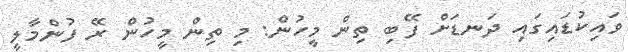
ވައިކުޑައިގައި ދަނޑަށް ފޭބި ތިން މީހުން: މި ތިން މީހުން ރޭ ފުންމާލީ